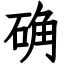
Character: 确